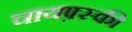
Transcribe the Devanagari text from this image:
चायफ़्स्की